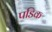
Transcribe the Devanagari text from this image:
पडिक